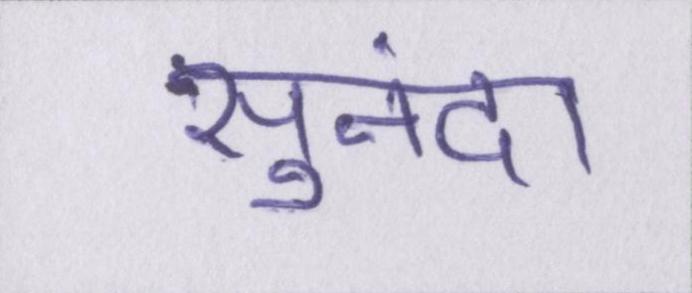
सुनंदा